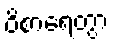
ဝိစာရေတွာ